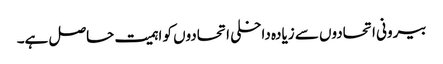
بیرونی اتحادوں سے زیادہ داخلی اتحادوں کو اہمیت حاصل ہے۔